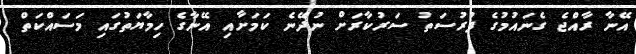
އޭނާ ރާއްޖެ ގެނައުމުގެ ފުރުސަތު ސަރުކާރަށް ނުދޭނެ ކަމަށާއި އޭނާގެ ހިމާޔަތުގައި މަސައްކަތް